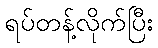
ရပ်တန့်လိုက်ပြီး